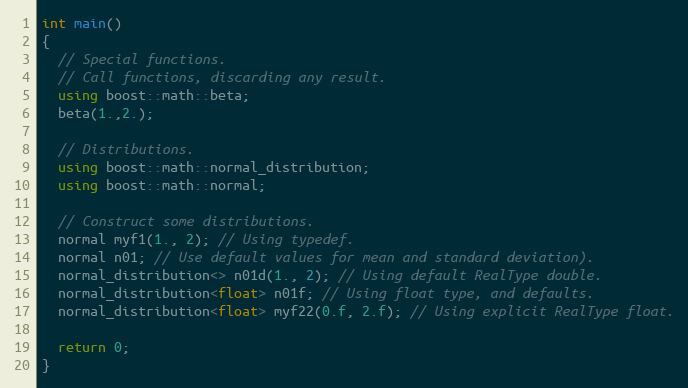
Language: C++
int main()
{
  // Special functions.
  // Call functions, discarding any result.
  using boost::math::beta;
  beta(1.,2.);

  // Distributions.
  using boost::math::normal_distribution;
  using boost::math::normal;

  // Construct some distributions.
  normal myf1(1., 2); // Using typedef.
  normal n01; // Use default values for mean and standard deviation).
  normal_distribution<> n01d(1., 2); // Using default RealType double.
  normal_distribution<float> n01f; // Using float type, and defaults.
  normal_distribution<float> myf22(0.f, 2.f); // Using explicit RealType float.

  return 0;
}